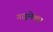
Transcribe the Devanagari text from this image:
नाइमेक्स